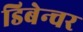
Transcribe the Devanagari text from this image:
डिबेन्‍चर